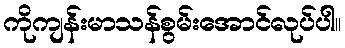
ကိုကျန်းမာသန်စွမ်းအောင်လုပ်ပါ။